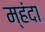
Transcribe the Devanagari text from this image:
म्हंदा